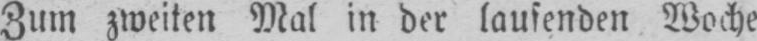
Zum zweiten Mal in der laufenden Woche